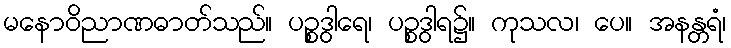
မနောဝိညာဏဓာတ်သည်။ ပဉ္စဒွါရေ၊ ပဉ္စဒွါရ၌။ ကုသလ၊ ပေ။ အနန္တရံ၊